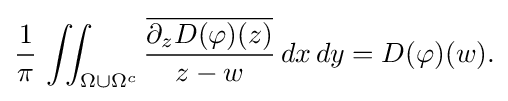
\displaystyle {{1 \over \pi }\,\iint _{\Omega \cup \Omega ^{c}}{{\overline {\partial _{z}D(\varphi )(z)}} \over z-w}\,dx\,dy=D(\varphi )(w).}